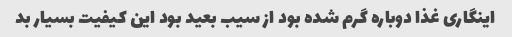
اینگاری غذا دوباره گرم شده بود از سیب بعید بود این کیفیت بسیار بد